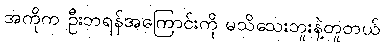
အကိုက ဦးဘရန်အကြောင်းကို မသိသေးဘူးနဲ့တူတယ်